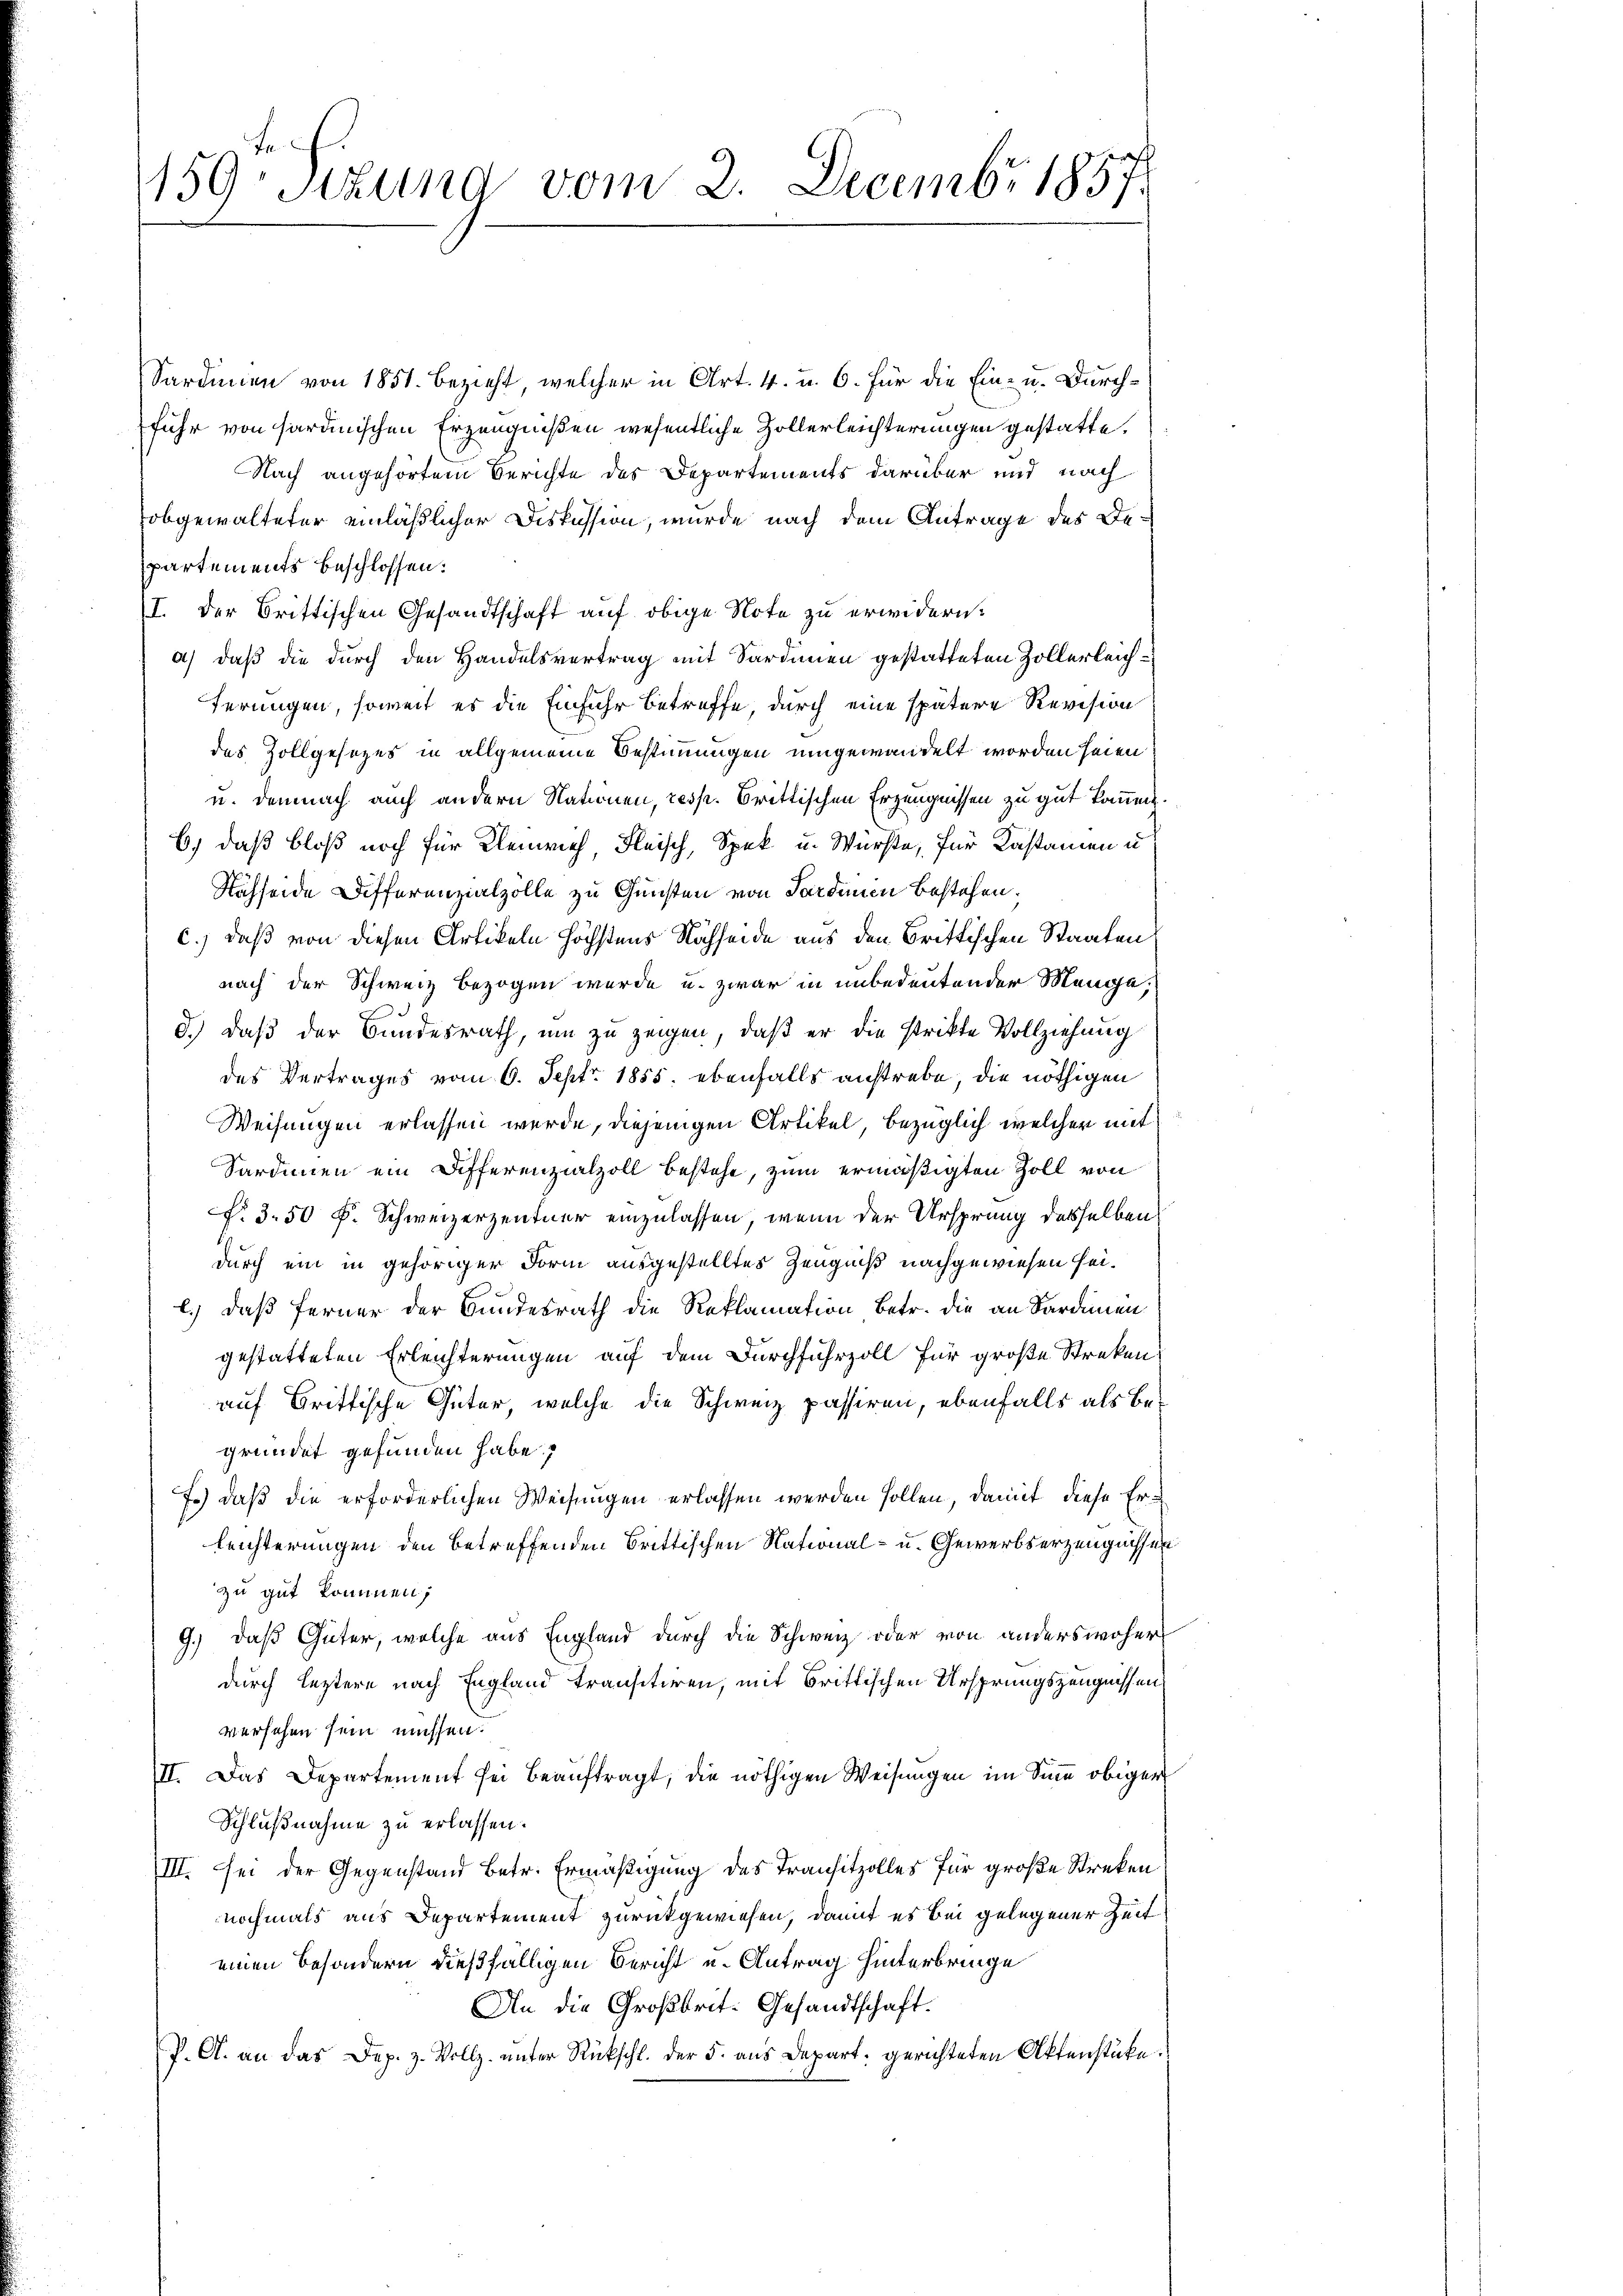
159. Sitzung vom 2. Decembr 1857

Sardinen von 1851. bezieht, welcher in Art. 4. u. 6. Für die Ein- u. Durchfuhr von sardinischen Erzeugnißen wesentliche Zollerleichterungen gestatte.
Nach angehörtem Berichte des Departements darüber und nach
obgewalteter einläßlicher Diskussion, wurde nach dem Antrage des Departements beschlossen:
I. Der Brittischen Gesandtschaft auf obige Note zu erwidern.
a) daß die durch den Handelsvertrag mit Sardinen gestatteten Zollerleichferungen, soweit es die Einfuhr betreffe durch eine spätere Revision
des Zollgesezes in allgemeine Bestimmigen umgewandelt worden seien
u. demnach auch andern Nationen, resp. Brittischen Erzeugnissen zu gut kommen.
6) daß bloß noch für Kleinrich, Fleisch, Spek u. Würste, für Kastamen u
Nahseide Differenzialzolle zu Gunsten von Sardinen bestehen;
c.) daß von diesen Artikeln höchstens Nächseide aus den Brittischen Staaten
nach der Schweiz bezogen wurde u. zwar in unbedeutender Menge,
d.) Daß der Bundesrath, um zu zeigen, daß er die strikte Vollziehung
des Vertrages vom 6. Sept. 1855. ebenfalls anstrebe, die nöthigen
Weisungen erlassen wurde, diejenigen Artikel, bezüglich, welcher mit
Sardinen ein Differenzialzoll bestehe, zum ermäßigten Zoll von
No. 350 F. Schweizerzentner einzulassen, wenn der Ursprung desselben
durch ein in gehöriger Form ausgestelltes Zeugniß nachgewiesen sei.
b.) daß ferner der Bundesrath die Reklamation betr. die an Sardinen
gestatteten Erleichterungen auf dem Durchfuhrzoll für große Strekenauf Grittische Güter, welche die Schweiz passiren, ebenfalls als Begründet gefunden habe,
F.) daß die erforderlichen Weisungen erlassen werden sollen, damit diese Erleichterungen den betreffenden Brittischen National- u. Gewerbserzeugnissen
zu gut kommen;
9.) daß Güter, welche aus England durch die Schweiz oder von anderswoher
durch leztere nach England transetieren, mit drittischen Ursprungszeugnissen
versehen sein müssen.
II. Das Departement sei beauftragt, die nöthigen Weisungen im Sinn obiger
Schlußnahme zu erlassen.
III. Sei der Gegenstand betr. Ermäßigung des Transitzolles für große Streken
nochmals aus Departement zurückgewiesen, damit es bei gelegener Zeit
einen Besondern dießfälligen Bericht u. Antrag hinterbringe
An die Großbrit. Gesandtschaft.
P. A. an das Dep. z. Vollz. unter Rückschl. der 5. aus Depart. gerichteten Aktenstüke.